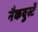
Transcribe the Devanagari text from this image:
नैकवुर्स्टे